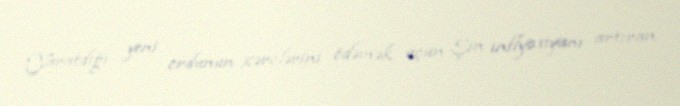
Yaratdığı yeni ordunun xərclərini ödəmək üçün Şin inflyasiyanı artıran